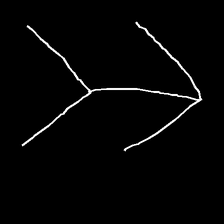
Glyph: gather